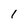
Character: I